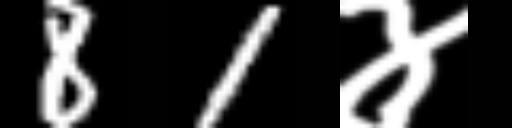
Text: 81४